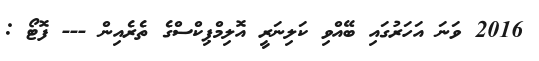
2016 ވަނަ އަހަރުގައި ބޭއްވި ކަލިނަރީ އޮލިމްޕިކްސްގެ ތެރެއިން --- ފޮޓޯ :